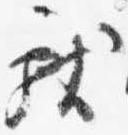
献